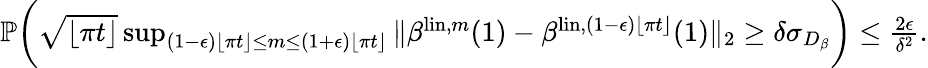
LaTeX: \begin{array}{r}{{\mathbb P}\bigg(\sqrt{\lfloor\pi t\rfloor}\operatorname*{sup}_{(1-{\epsilon})\lfloor\pi t\rfloor\leq m\leq(1+{\epsilon})\lfloor\pi t\rfloor}\| \beta^{\mathrm{lin},m}(1)-\beta^{\mathrm{lin},(1-{\epsilon})\lfloor\pi t\rfloor}(1)\| _{2}\geq\delta\sigma_{D_{\beta}}\bigg)\leq\frac{2{\epsilon}}{\delta^{2}}.}\end{array}